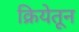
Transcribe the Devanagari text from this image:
क्रियेतून